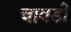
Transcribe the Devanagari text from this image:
चावडो